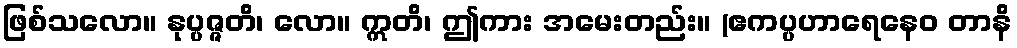
ဖြစ်သလော။ နုပ္ပဇ္ဇတိ၊ လော။ ဣတိ၊ ဤကား အမေးတည်း။ (ဧကပ္ပဟာရေနေဝ တာနိ